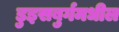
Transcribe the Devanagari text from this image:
डुइसबुर्गमधील